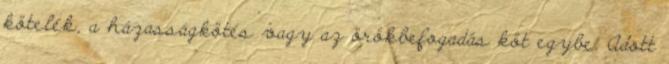
kötelék, a házasságkötés vagy az örökbefogadás köt egybe. Adott